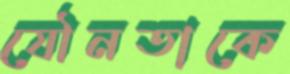
যৌনতাকে